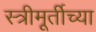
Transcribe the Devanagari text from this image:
स्त्रीमूर्तीच्या